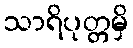
သာရိပုတ္တမှိ